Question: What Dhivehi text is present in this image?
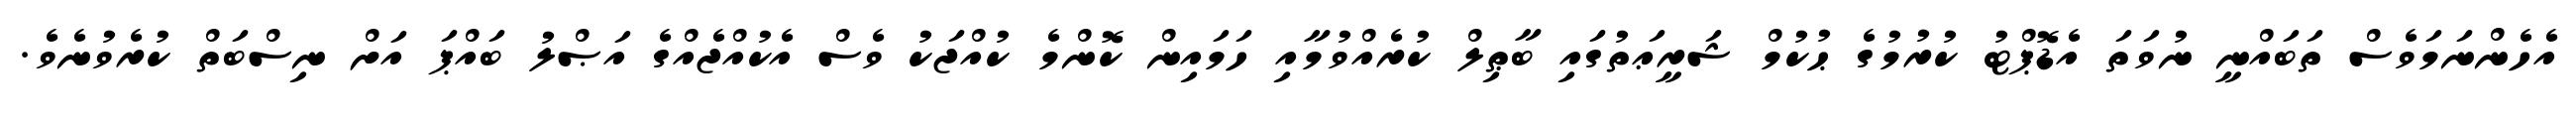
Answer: އެހެންނަމަވެސް ތަބައްނީ ނުވަތަ އެޑޮޕްޓު ކުރުމުގެ ޙުކުމް ޝަރީޢަތުގައި ބާޠިލް ކުރެއްވުމާއި ހަމައިން ކޮންމެ ކުއްޖަކު ވެސް އެކުއްޖެއްގެ އަޞްލު ބައްޕަ އަށް ނިސްބަތް ކުރެވުނެވެ.